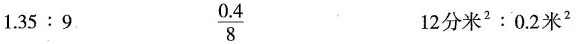
$$1 . 3 5 : 9$$ \frac{0.4}{8} $$1 2 分 米 ^ { 2 } : 0 . 2 米 ^ { 2 }$$